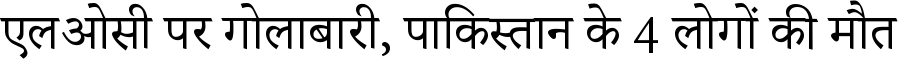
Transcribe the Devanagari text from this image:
एलओसी पर गोलाबारी, पाकिस्तान के 4 लोगों की मौत